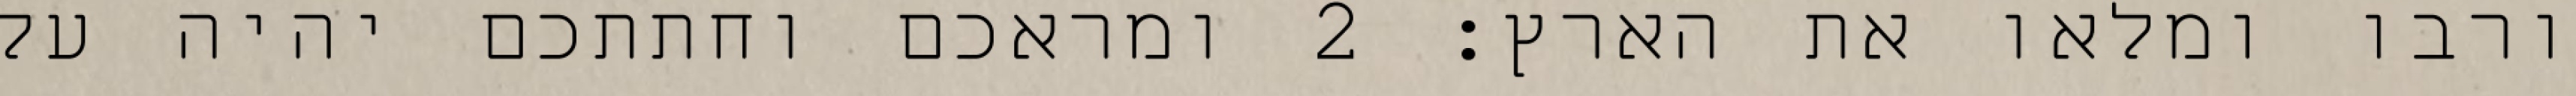
ורבו ומלאו את הארץ׃ ‎2‏ ומראכם וחתתכם יהיה על